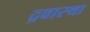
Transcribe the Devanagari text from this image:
द्रवास्था